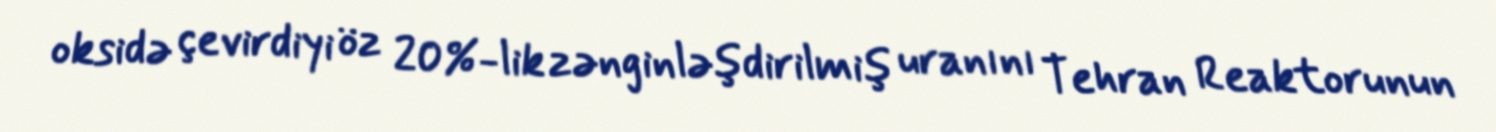
oksidə çevirdiyi öz 20%-lik zənginləşdirilmiş uranını Tehran Reaktorunun